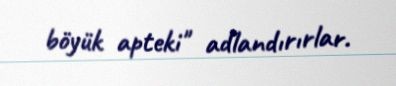
böyük apteki" adlandırırlar.